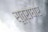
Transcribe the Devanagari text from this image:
सूत्राघार